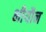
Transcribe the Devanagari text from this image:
भीयौन